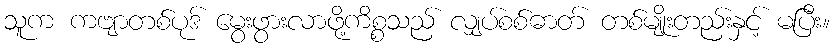
သူက ကဗျာတစ်ပုဒ် မွေးဖွားလာဖို့ကိစ္စသည် လျှပ်စစ်ဓာတ် တစ်မျိုးတည်းနှင့် မပြီး။